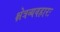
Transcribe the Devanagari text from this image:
क्षेत्रव्यवहारः